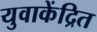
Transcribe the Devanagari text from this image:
युवाकेंद्रित